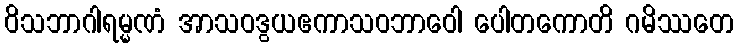
ဝိသဘာဂါရမ္မဏံ အာသဝဒွယဧကာသဝဘာဝေါ ပေါတကောတိ ဂမိဿတေ